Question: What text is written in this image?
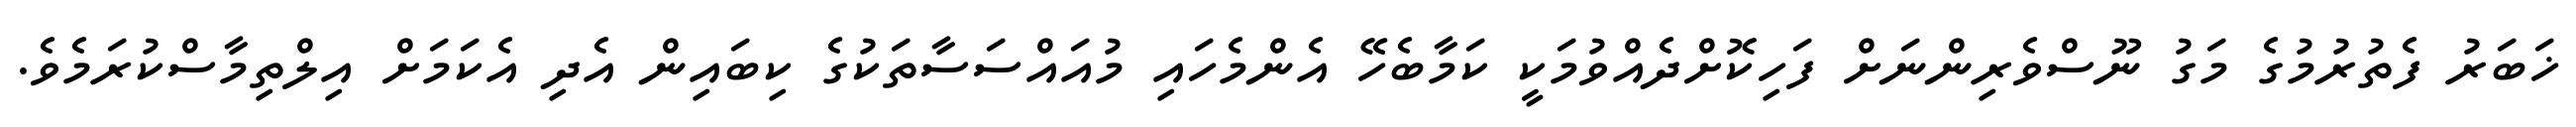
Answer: ޚަބަރު ފެތުރުމުގެ މަގު ނޫސްވެރިންނަށް ފަހިކޮށްދެއްވުމަކީ ކަމާބެހޭ އެންމެހައި މުއައްސަސާތަކުގެ ކިބައިން އެދި އެކަމަށް އިލްތިމާސްކުރަމެވެ.